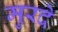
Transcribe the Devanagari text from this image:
मुरदे